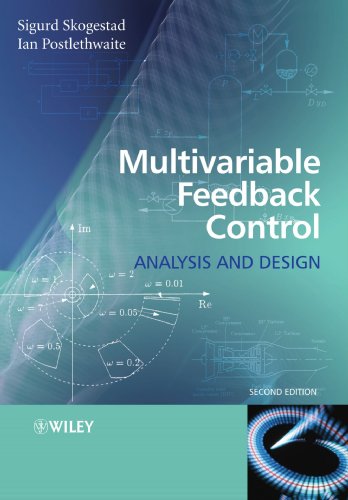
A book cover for Multivariable Feedback Control: Analysis and Design; Sigurd Skogestad; Science & Math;